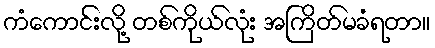
ကံကောင်းလို့ တစ်ကိုယ်လုံး အကြိတ်မခံရတာ။